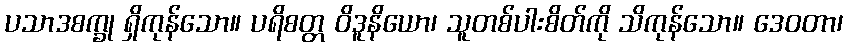
ပသာဒစက္ခု ရှိကုန်သော။ ပရိစတ္တ ဝိဒူနိယော၊ သူတစ်ပါးစိတ်ကို သိကုန်သော။ ဒေဝတာ၊